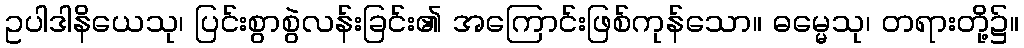
ဥပါဒါနိယေသု၊ ပြင်းစွာစွဲလန်းခြင်း၏ အကြောင်းဖြစ်ကုန်သော။ ဓမ္မေသု၊ တရားတို့၌။